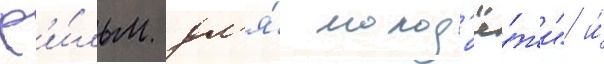
ф'и́льм дл'я́ молод'ё́жи" и́